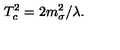
T _ { c } ^ { 2 } = 2 m _ { \sigma } ^ { 2 } / \lambda .